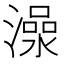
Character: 𱩍